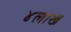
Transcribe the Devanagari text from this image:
४लाख